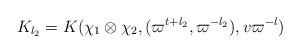
LaTeX: \begin{align*}K_{l_2} = K(\chi_1\otimes \chi_2,(\varpi^{t+l_2},\varpi^{-l_2}),v\varpi^{-l})\end{align*}